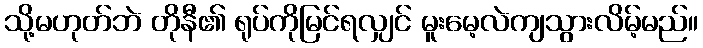
သို့မဟုတ်ဘဲ တိုနီ၏ ရုပ်ကိုမြင်ရလျှင် မူးမေ့လဲကျသွားလိမ့်မည်။